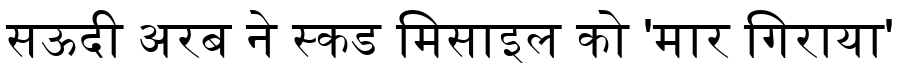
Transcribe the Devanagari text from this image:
सऊदी अरब ने स्कड मिसाइल को 'मार गिराया'